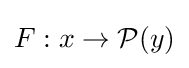
F:x\to {\mathcal {P}}(y)